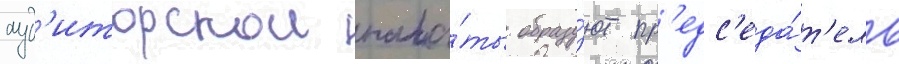
ауд'иторскои пала́ты образу́ют пр'едс'еда́т'ель